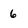
Character: 6